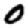
Digit: 0